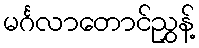
မင်္ဂလာတောင်ညွှန့်